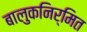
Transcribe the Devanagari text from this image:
बालुकनिर्मित